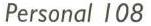
Personal 108